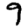
Digit: 9